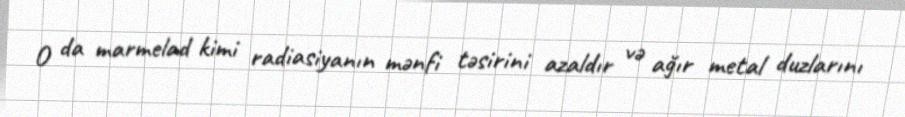
O da marmelad kimi radiasiyanın mənfi təsirini azaldır və ağır metal duzlarını